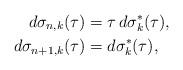
LaTeX: \begin{align*}d\sigma_{n,k}(\tau) & =\tau\,d\sigma_{k}^{*}(\tau),\\d\sigma_{n+1,k}(\tau) & =d\sigma_{k}^{*}(\tau),\end{align*}